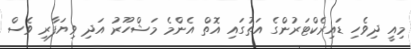
މިއީ ދިވެހި ޑައިރެކްޓަރުންގެ އަތުގައި އޮތް އެންމެ މަޝްހޫރު އަދި ވިޔަފާރި ވެސް